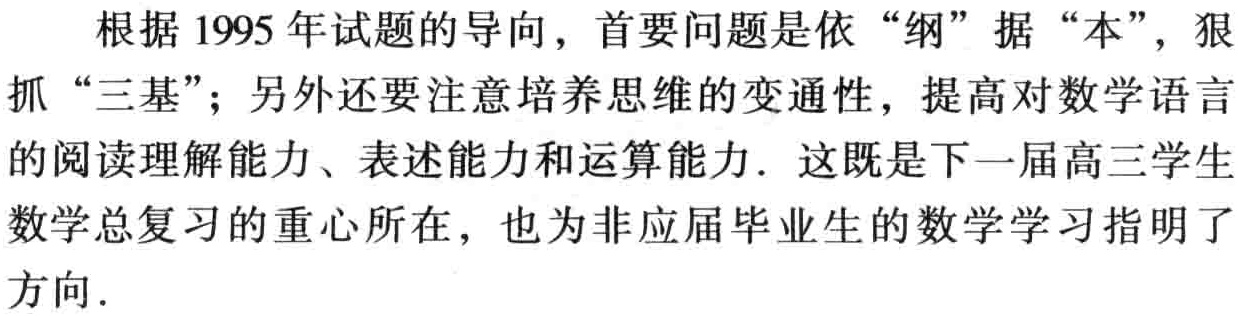
根据 1995 年试题的导向，首要问题是依 “纲” 据 “本”，狠抓 “三基”；另外还要注意培养思维的变通性，提高对数学语言的阅读理解能力、表述能力和运算能力．这既是下一届高三学生数学总复习的重心所在，也为非应届毕业生的数学学习指明了方向．